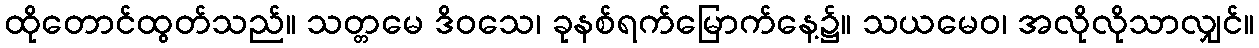
ထိုတောင်ထွတ်သည်။ သတ္တမေ ဒိဝသေ၊ ခုနစ်ရက်မြောက်နေ့၌။ သယမေဝ၊ အလိုလိုသာလျှင်။